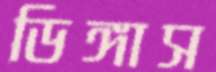
ডিঙ্গাস